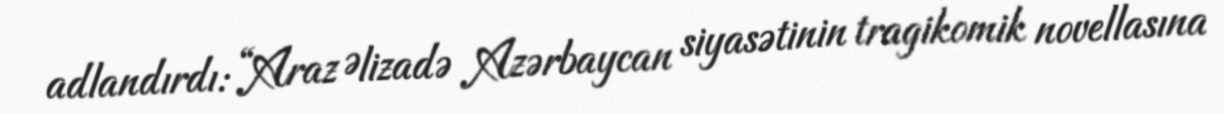
adlandırdı: “Araz Əlizadə Azərbaycan siyasətinin tragikomik novellasına